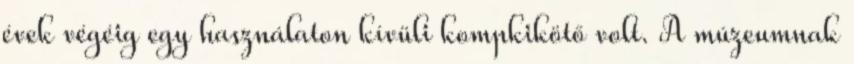
évek végéig egy használaton kívüli kompkikötő volt. A múzeumnak